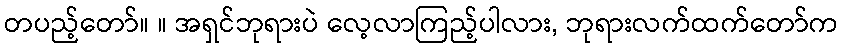
တပည့်တော်။ ။ အရှင်ဘုရားပဲ လေ့လာကြည့်ပါလား, ဘုရားလက်ထက်တော်က